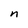
Character: n